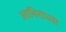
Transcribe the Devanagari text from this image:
आभिरांच्या